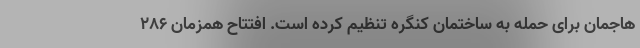
هاجمان برای حمله به ساختمان کنگره تنظیم کرده است. افتتاح همزمان 286